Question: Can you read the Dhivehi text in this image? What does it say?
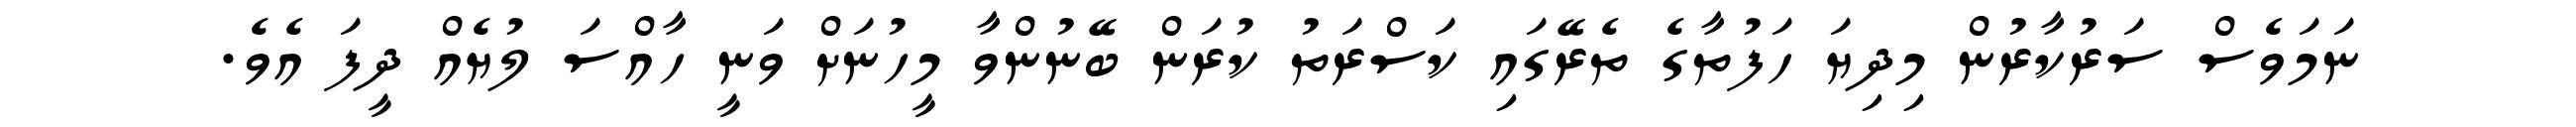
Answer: ނަމަވެސް ސަރުކާރުން މިދިޔަ ހަފުތާގެ ތެރޭގައި ކަސްރަތު ކުރަން ބޭނުންވާ މީހުނަށް ވަނީ ހާއްސަ ލުޔެއް ދީފަ އެވެ.